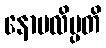
နောပလိပ္ပတိ